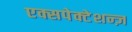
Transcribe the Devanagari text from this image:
एक्सपेक्टेशन्ज़